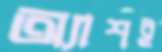
অ্যাশই